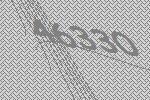
46330